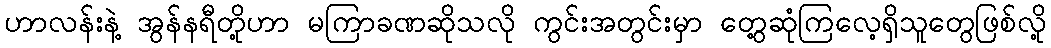
ဟာလန်းနဲ့ အွန်နရီတို့ဟာ မကြာခဏဆိုသလို ကွင်းအတွင်းမှာ တွေ့ဆုံကြလေ့ရှိသူတွေဖြစ်လို့